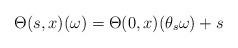
LaTeX: \begin{align*} \Theta(s,x) (\omega) = \Theta (0,x) (\theta_s \omega) +s \end{align*}